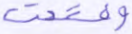
وفتحت